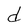
Character: d